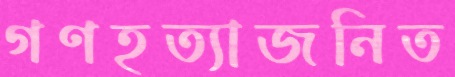
গণহত্যাজনিত